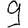
Digit: 9